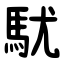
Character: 駀